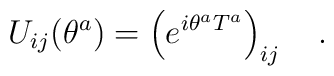
U_{ij}(\theta^a)=\left(e^{i\theta^aT^a}\right)_{ij}\ \ \ .